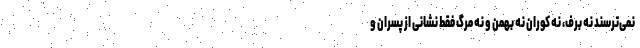
نمی‌ترسند نه برف، نه‌ کوران نه بهمن و نه مرگ فقط نشانی از پسران و